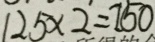
1 2 5 \times 2 = 2 5 0